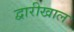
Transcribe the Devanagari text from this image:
द्वारीखाल